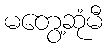
မတွေ့ဆုံမီ